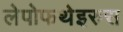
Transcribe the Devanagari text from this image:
लेपोफथेइरुस